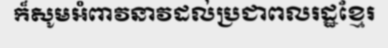
ក៏សូមអំពាវនាវដល់ប្រជាពលរដ្ឋខ្មែរ